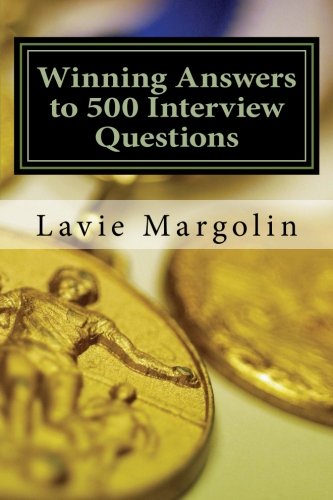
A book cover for Winning Answers to 500 Interview Questions; Mr Lavie E Margolin; Business & Money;